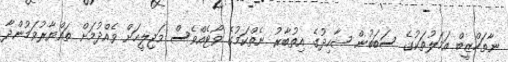
ނާތަހްޒީބް އަމަލުތަކުގެ ސަބަބުން ޝާހިދުގެ އިތުބާރު ނެތްކަމުގެ ވޯޓެއްވެސް މަޖިލީހަށް ވެއްދުމަށް ތައްޔާރުވަމުންދާ